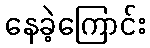
နေခဲ့ကြောင်း